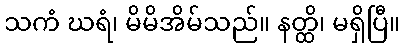
သကံ ဃရံ၊ မိမိအိမ်သည်။ နတ္ထိ၊ မရှိပြီ။